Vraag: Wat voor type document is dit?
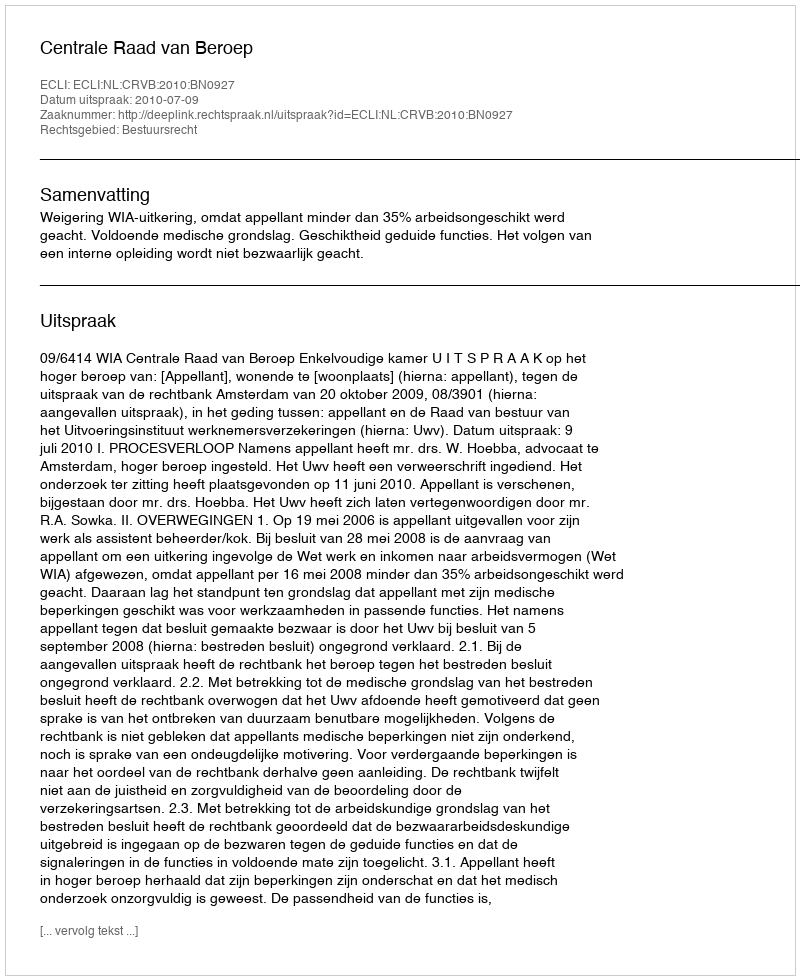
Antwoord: Uitspraak